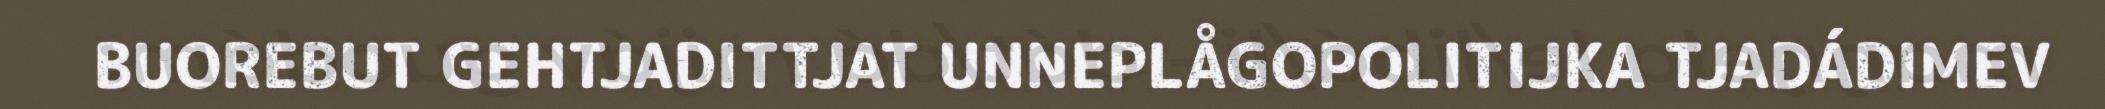
BUOREBUT GEHTJADITTJAT UNNEPLÅGOPOLITIJKA TJADÁDIMEV